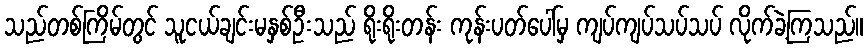
သည်တစ်ကြိမ်တွင် သူငယ်ချင်းမနှစ်ဦးသည် ရိုးရိုးတန်း ကုန်းပတ်ပေါ်မှ ကျပ်ကျပ်သပ်သပ် လိုက်ခဲ့ကြသည်။